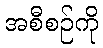
အစီစဉ်ကို